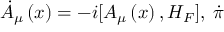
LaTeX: \dot { A } _ { \mu } \left( x \right) = - i [ A _ { \mu } \left( x \right) , H _ { F } ] , \; \dot { \pi }